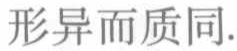
形异而质同.